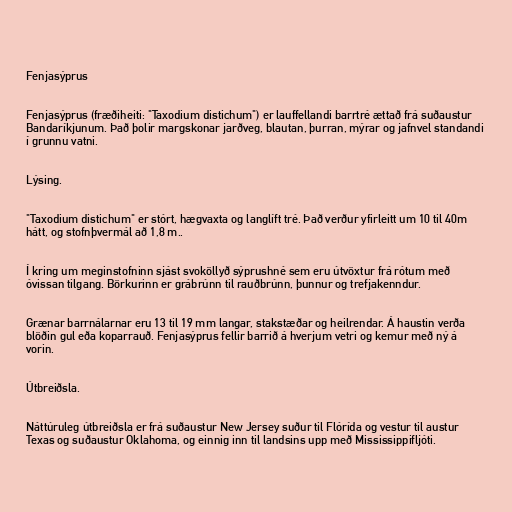
Fenjasýprus

Fenjasýprus (fræðiheiti: "Taxodium distichum") er lauffellandi barrtré ættað frá suðaustur
Bandaríkjunum. Það þolir margskonar jarðveg, blautan, þurran, mýrar og jafnvel standandi
í grunnu vatni.

Lýsing.

"Taxodium distichum" er stórt, hægvaxta og langlíft tré. Það verður yfirleitt um 10 til 40m
hátt, og stofnþvermál að 1,8 m..

Í kring um meginstofninn sjást svoköllyð sýprushné sem eru útvöxtur frá rótum með
óvissan tilgang. Börkurinn er grábrúnn til rauðbrúnn, þunnur og trefjakenndur.

Grænar barrnálarnar eru 13 til 19 mm langar, stakstæðar og heilrendar. Á haustin verða
blöðin gul eða koparrauð. Fenjasýprus fellir barrið á hverjum vetri og kemur með ný á
vorin.

Útbreiðsla.

Náttúruleg útbreiðsla er frá suðaustur New Jersey suður til Flórída og vestur til austur
Texas og suðaustur Oklahoma, og einnig inn til landsins upp með Mississippifljóti.